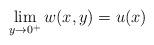
LaTeX: \begin{align*}\lim_{y\rightarrow0^{+}}w(x,y)=u(x)\end{align*}